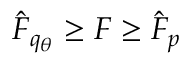
\hat { F } _ { q _ { \theta } } \geq F \geq \hat { F } _ { p }